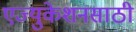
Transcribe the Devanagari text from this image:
एज्युकेशनसाठी